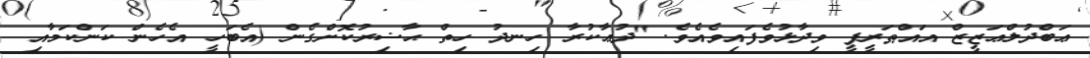
ޢަބްދުލްޢަޒީޒް އައްޠަރީފީ ވިދާޅުވެފައިވެއެވެ. "ދުޢާކުރާ ހިނދު ހިތް ޙާޟިރުކޮށްގެން (އެބަހީ އެހެން ކަންކަމާއި